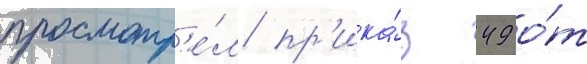
просмотр'е́л пр'ика́з 49 о́т